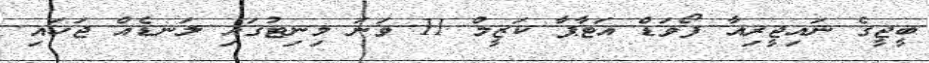
ބީޖީގެ ނައިޖީރިއާ ފޯވަޑް އަޓާޕާ ކަޒީމް 11 ވަނަ މިނިޓުގައި ލަނޑެއް ޖަހައި